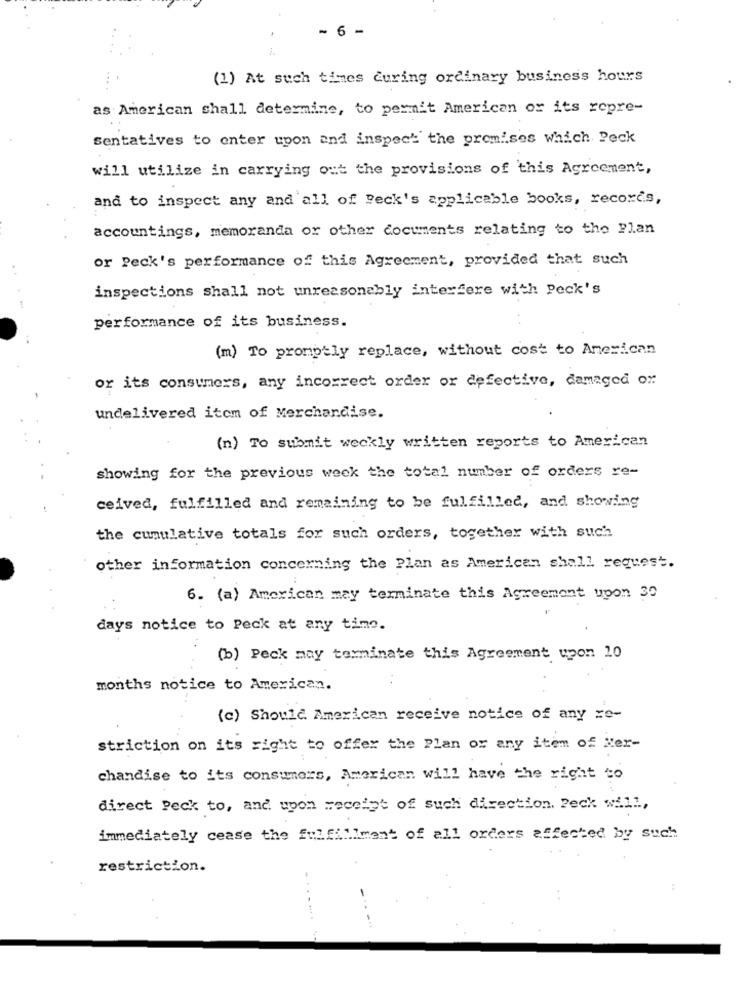
- 6 -
(1) At such times during ordinary business hours
as American shall determine, to permit American or its repre-
Sentatives to enter upon and inspect the premises which Peck
will utilize in carrying out the provisions of this Agreement,
and to inspect any and all of Beck's applicable books, records,
accountings, memoranda or other documents relating to the Plan
or Peck's performance of this Agreement, provided that such
inspections shall not unreasonably interfere with Peck's
performance of its business.
(m) To promptly replace, without cost to American
or its consumers, any incorrect order or defective, damaged or
undelivered item of Merchandise.
(n) To submit weckly written reports to American
showing for the previous week the total number of orders re-
ceived, fulfilled and remaining to be fulfilled, and showing
the cumulative totals for such orders, together with such
other information concerning the Plan as American shall request.
6. (a) American may terminate this Agreement upon 30
days notice to Peck at any time.
(b) Peck may terminate this Agreement upon 10
months notice to American.
(c) Should American receive notice of any re-
striction on its right to offer the Plan or any item of Ner-
chandise to its consumers, American will have the right to
direct Peck to, and upon receipt of such direction. Peck will,
immediately cease the fulfillment of all orders affected by such
restriction.